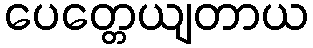
ပေတ္တေယျတာယ